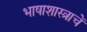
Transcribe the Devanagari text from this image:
भाषाशास्त्राचें